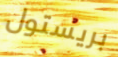
بريستول